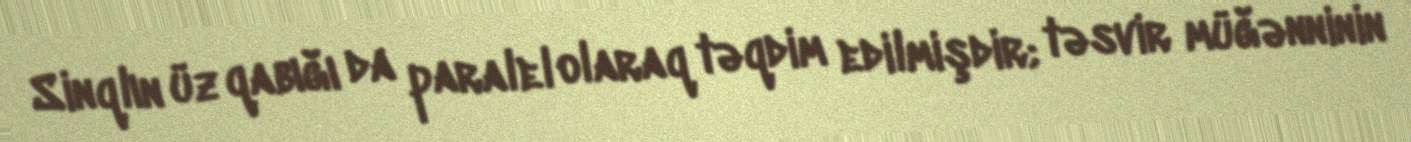
Sinqlın üz qabığı da paralel olaraq təqdim edilmişdir; təsvir müğənninin